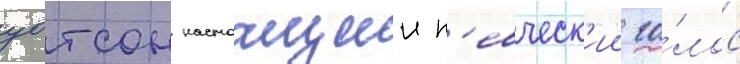
уотсон настоащии п'евческ'ии го́лос